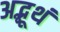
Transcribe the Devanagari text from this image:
अद्भूथं